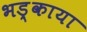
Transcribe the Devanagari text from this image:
भड़्काया